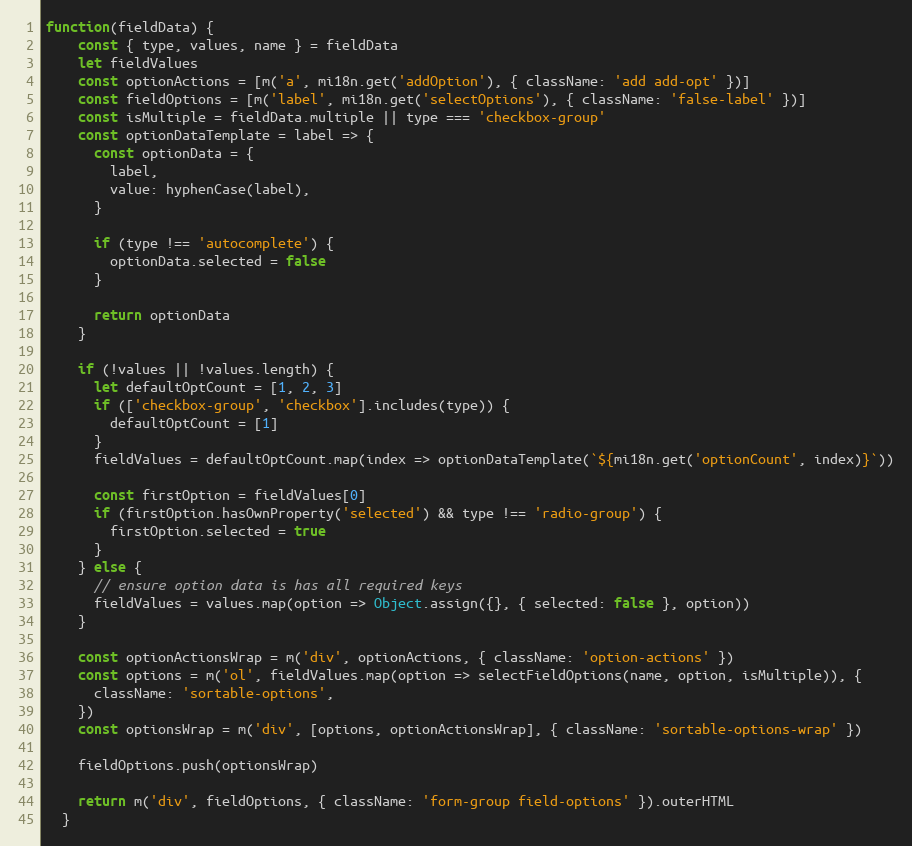
Language: JavaScript
function(fieldData) {
    const { type, values, name } = fieldData
    let fieldValues
    const optionActions = [m('a', mi18n.get('addOption'), { className: 'add add-opt' })]
    const fieldOptions = [m('label', mi18n.get('selectOptions'), { className: 'false-label' })]
    const isMultiple = fieldData.multiple || type === 'checkbox-group'
    const optionDataTemplate = label => {
      const optionData = {
        label,
        value: hyphenCase(label),
      }

      if (type !== 'autocomplete') {
        optionData.selected = false
      }

      return optionData
    }

    if (!values || !values.length) {
      let defaultOptCount = [1, 2, 3]
      if (['checkbox-group', 'checkbox'].includes(type)) {
        defaultOptCount = [1]
      }
      fieldValues = defaultOptCount.map(index => optionDataTemplate(`${mi18n.get('optionCount', index)}`))

      const firstOption = fieldValues[0]
      if (firstOption.hasOwnProperty('selected') && type !== 'radio-group') {
        firstOption.selected = true
      }
    } else {
      // ensure option data is has all required keys
      fieldValues = values.map(option => Object.assign({}, { selected: false }, option))
    }

    const optionActionsWrap = m('div', optionActions, { className: 'option-actions' })
    const options = m('ol', fieldValues.map(option => selectFieldOptions(name, option, isMultiple)), {
      className: 'sortable-options',
    })
    const optionsWrap = m('div', [options, optionActionsWrap], { className: 'sortable-options-wrap' })

    fieldOptions.push(optionsWrap)

    return m('div', fieldOptions, { className: 'form-group field-options' }).outerHTML
  }